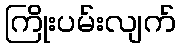
ကြိုးပမ်းလျက်